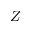
Z